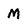
Character: M